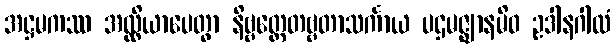
အဋ္ဌမကဿ အလ္လိယာပေတွာ နိဗ္ဗတ္တေတဗ္ဗတာသင်္ကာယ ပဌမဇ္ဈာနမိဝ ဥဒါနဂါထံ